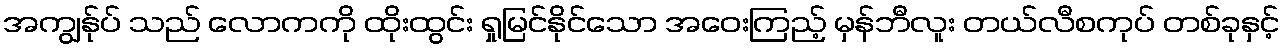
အကျွန်ုပ် သည် လောကကို ထိုးထွင်း ရှုမြင်နိုင်သော အဝေးကြည့် မှန်ဘီလူး တယ်လီစကုပ် တစ်ခုနှင့်